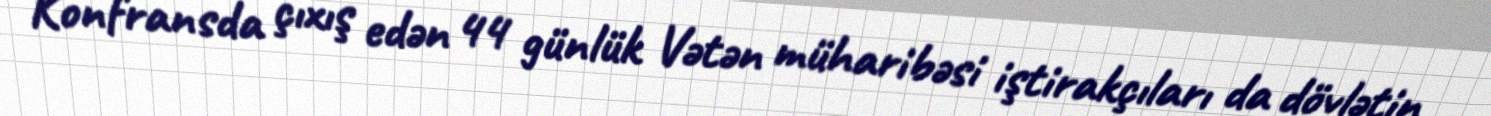
Konfransda çıxış edən 44 günlük Vətən müharibəsi iştirakçıları da dövlətin